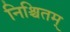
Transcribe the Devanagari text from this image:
निश्चितम्